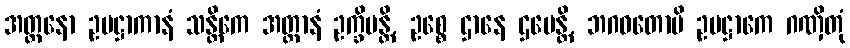
အတ္တနော ဥပဋ္ဌာကာနံ သန္တိကေ အတ္တာနံ ဥက္ခိပန္တိ, ဥစ္စေ ဌာနေ ဌပေန္တိ, ဘဂဝတောပိ ဥပဋ္ဌာကေ ဂဏှိတုံ